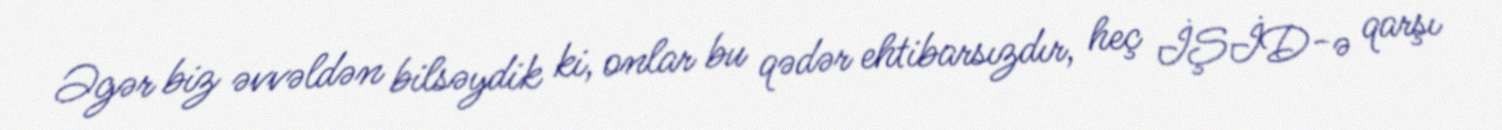
Əgər biz əvvəldən bilsəydik ki, onlar bu qədər ehtibarsızdır, heç İŞİD-ə qarşı